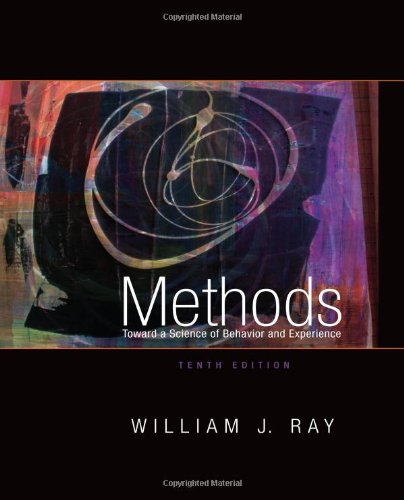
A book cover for Methods Toward a Science of Behavior and Experience; William J. Ray; Health, Fitness & Dieting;